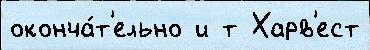
оконча́т'ельно и т Харв'ест